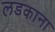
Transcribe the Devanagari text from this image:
लडकाना